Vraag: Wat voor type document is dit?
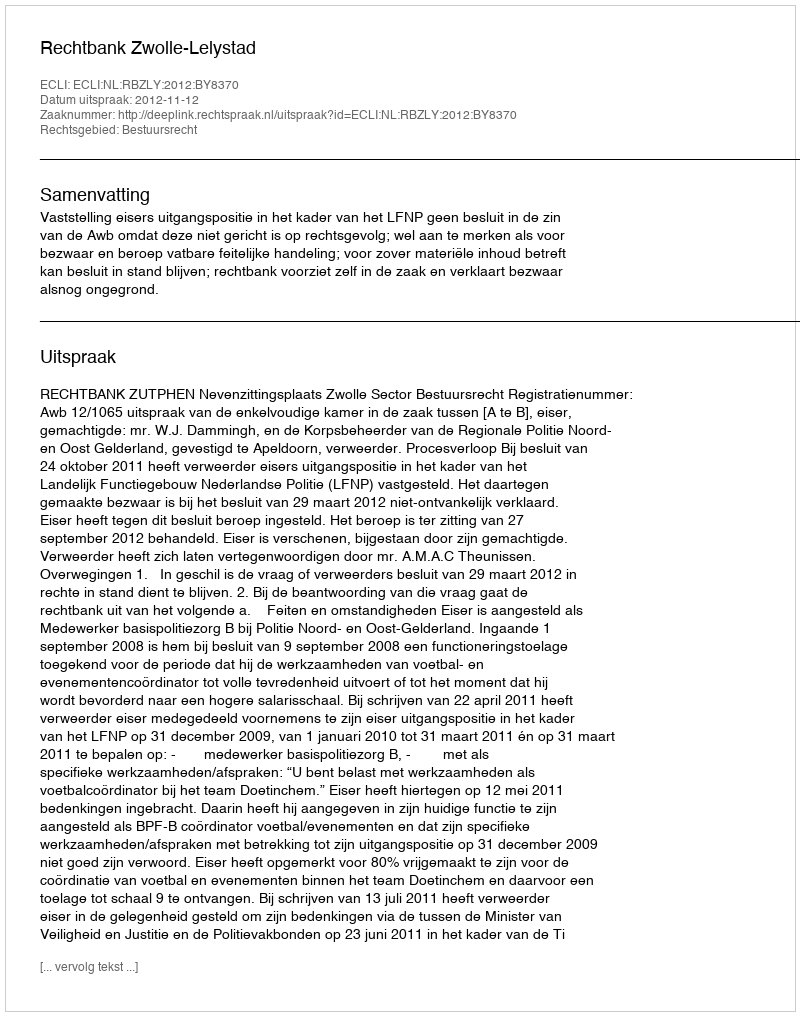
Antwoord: Uitspraak